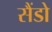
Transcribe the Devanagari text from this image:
सैंडो